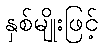
နှစ်မျိုးဖြင့်